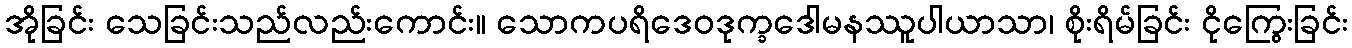
အိုခြင်း သေခြင်းသည်လည်းကောင်း။ သောကပရိဒေဝဒုက္ခဒေါမနဿူပါယာသာ၊ စိုးရိမ်ခြင်း ငိုကြွေးခြင်း